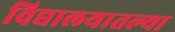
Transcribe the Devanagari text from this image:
विद्यालयातल्या